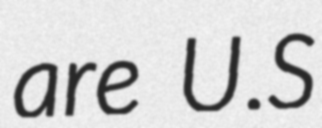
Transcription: are U.S